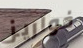
خواريز